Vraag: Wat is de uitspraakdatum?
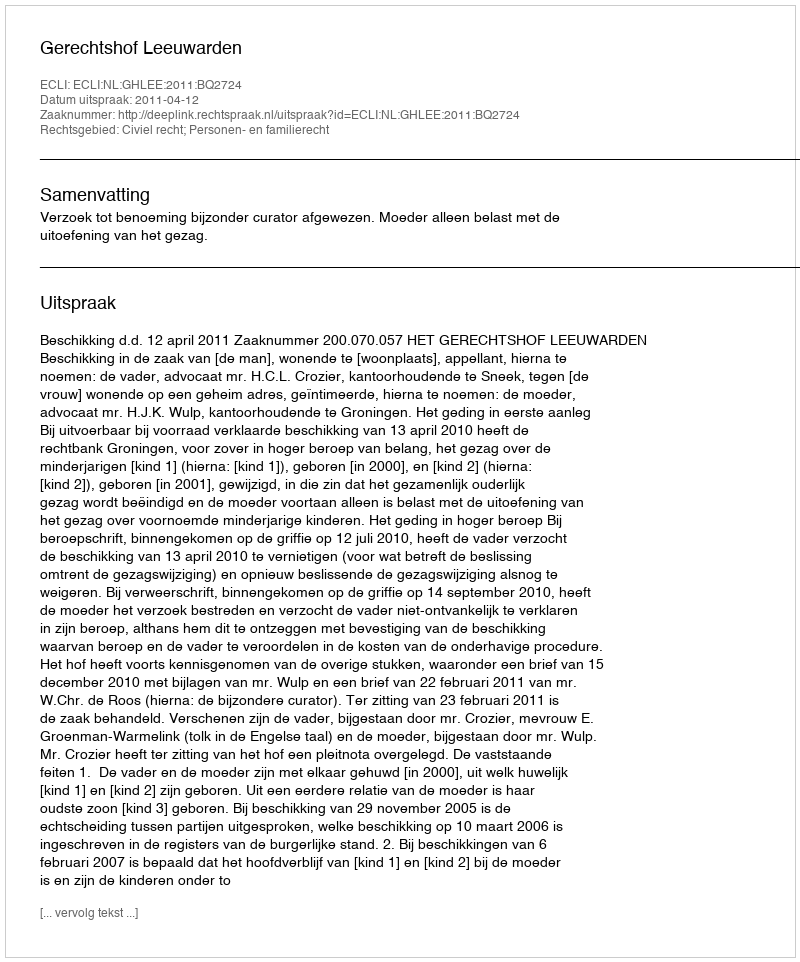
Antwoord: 2011-04-12